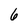
Character: 6